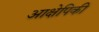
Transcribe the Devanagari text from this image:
आक्षेपिकी